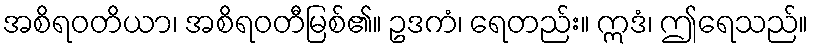
အစိရဝတိယာ၊ အစိရဝတီမြစ်၏။ ဥဒကံ၊ ရေတည်း။ ဣဒံ၊ ဤရေသည်။